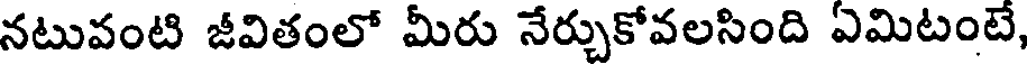
నటువంటి జీవితంలో మీరు నేర్చుకోవలసింది ఏమిటంటే